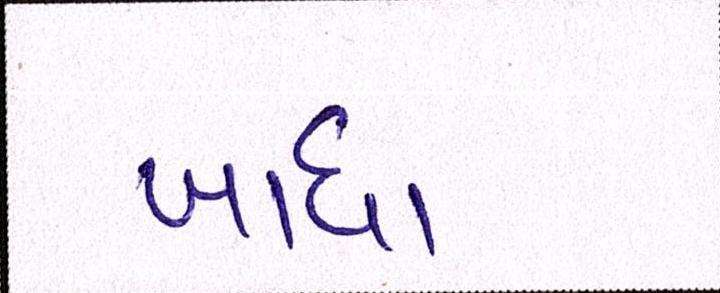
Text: ખાધા